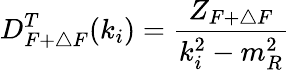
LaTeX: D_{F+\triangle F}^{T}(k_{i})=\frac{Z_{F+\triangle F}}{k_{i}^{2}-m_{R}^{2}}